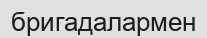
бригадалармен